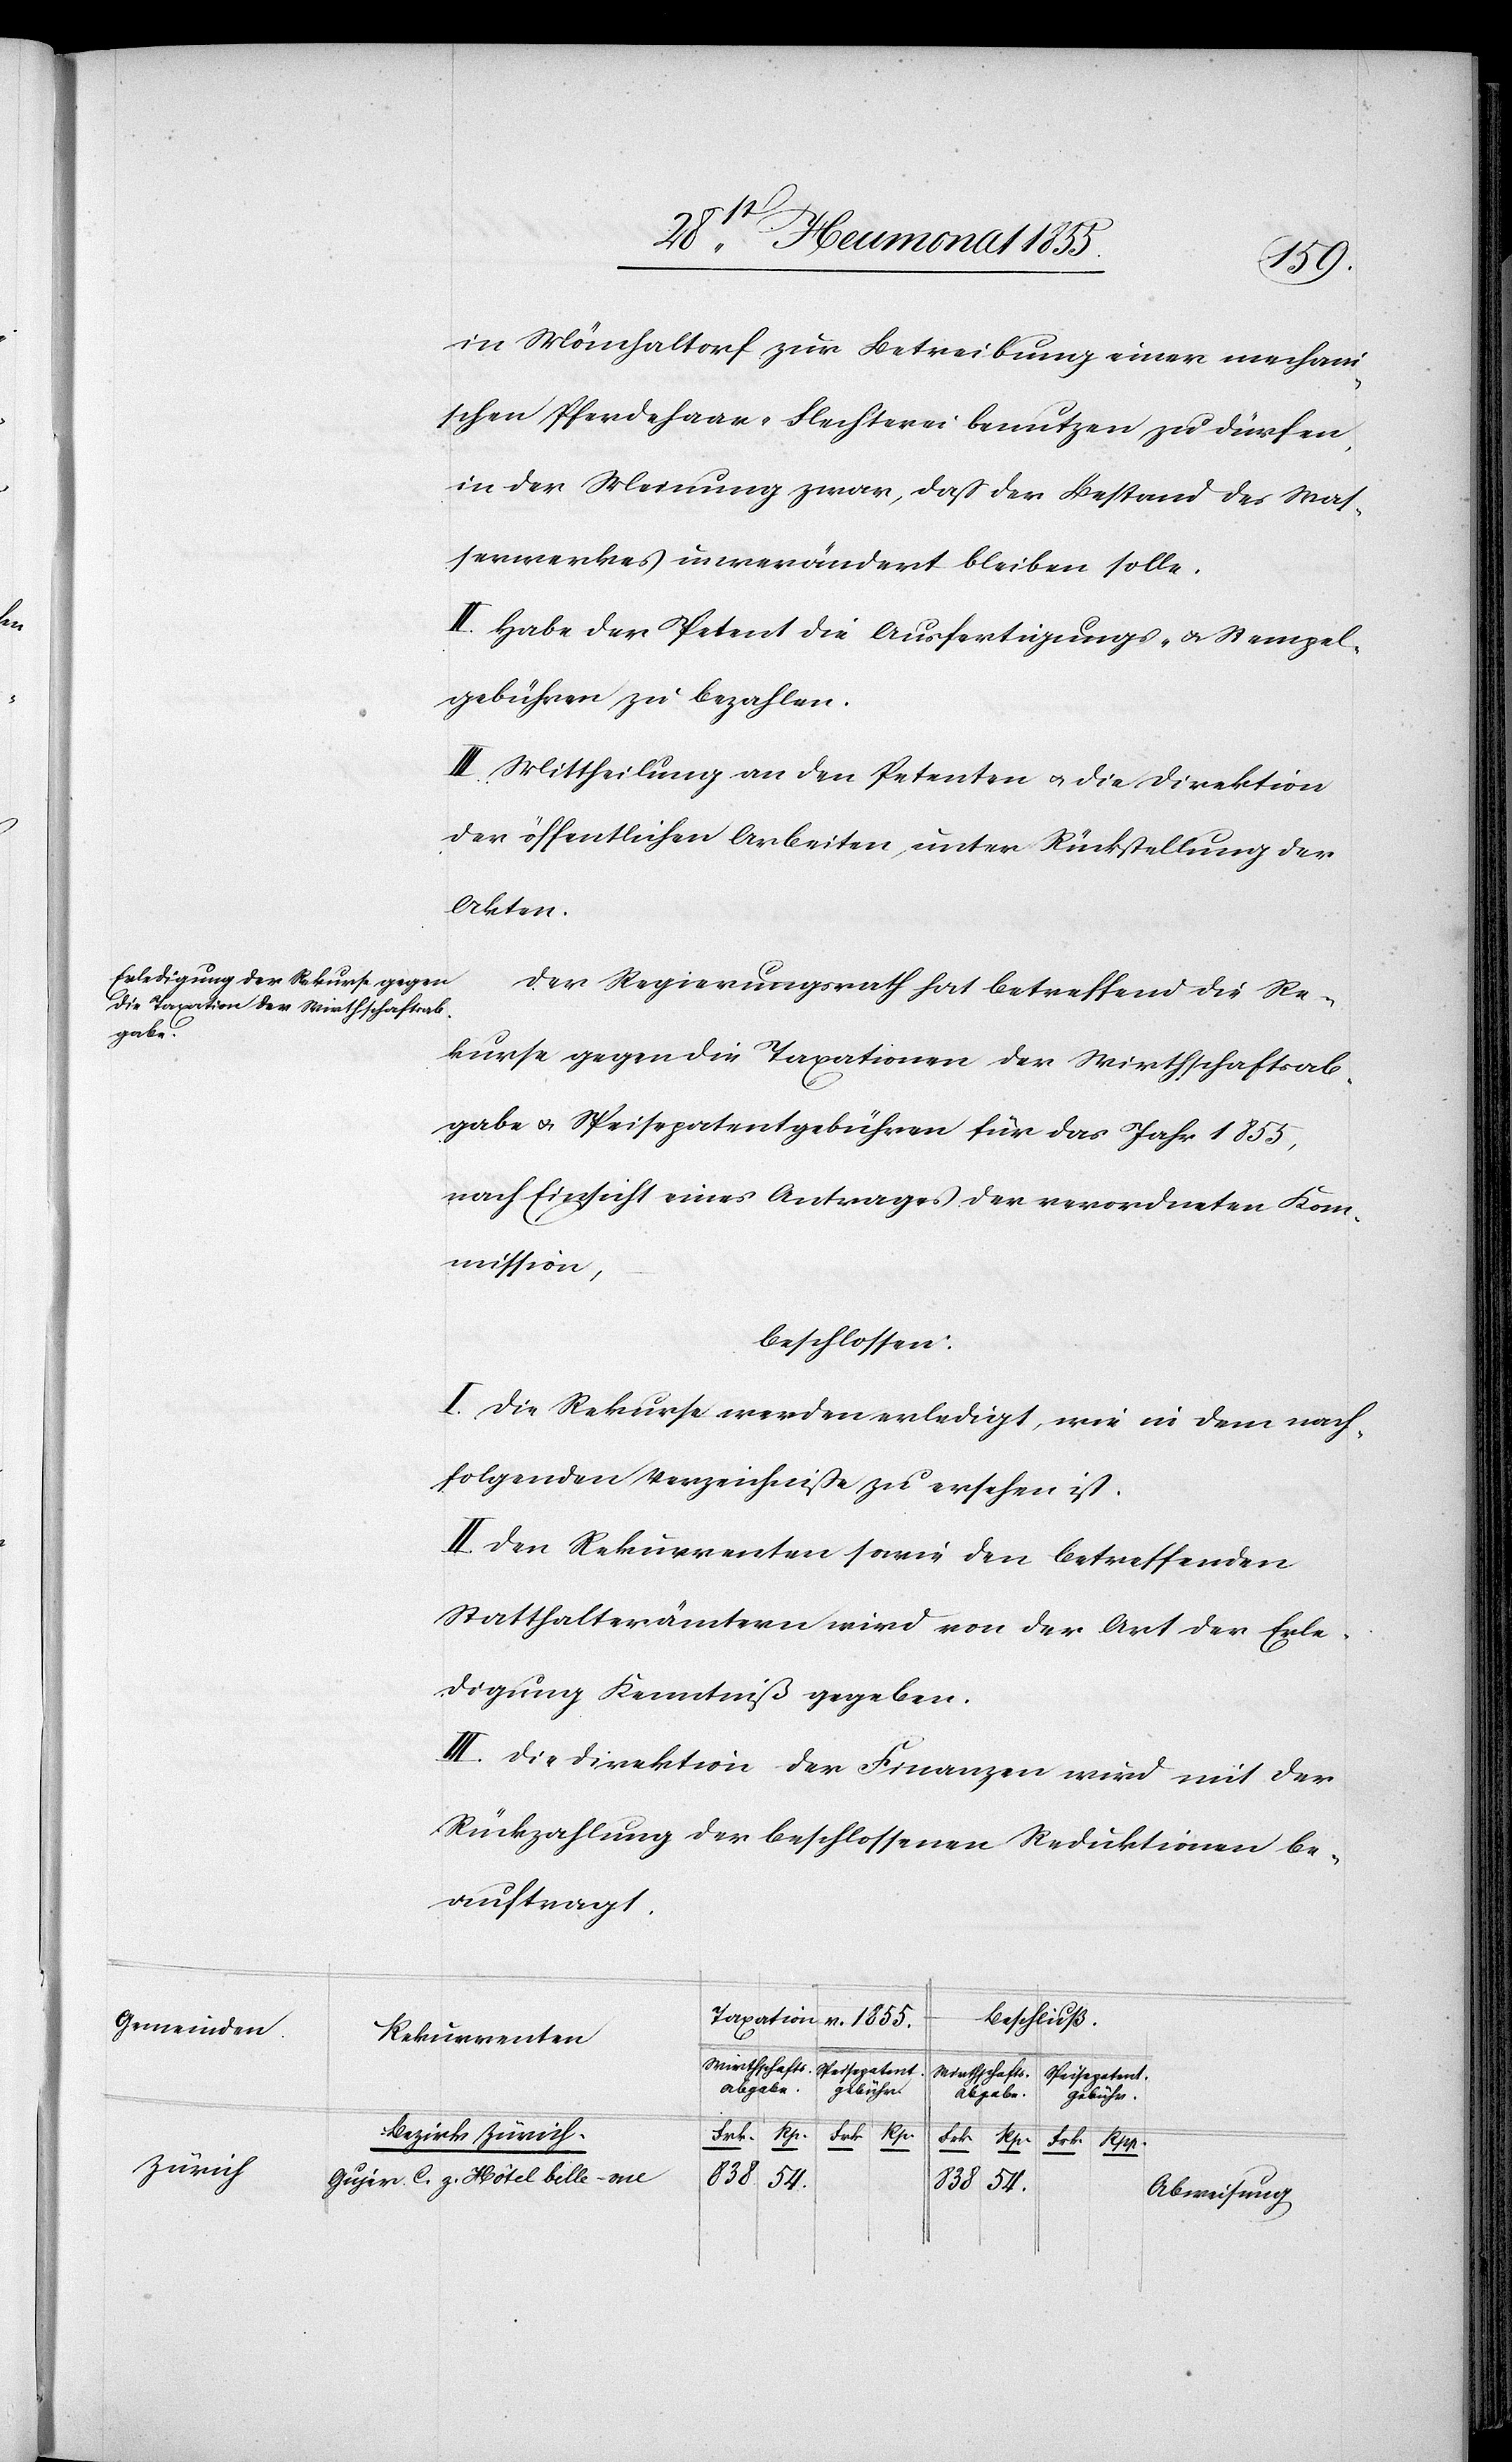
Gemeinden.
Zürich

in Mönchaltorf zur Betreibung einer mechan¬
ischen Pferdehaar-Flechterei benutzen zu dürfen,
in der Meinung zwar, daß der Bestand des Was¬
serwerkes unverändert bleiben solle.
II. Habe der Petent die Ausfertigungs- & Stempel¬
gebühren zu bezahlen.
III. Mittheilung an den Petenten & die Direktion
der öffentlichen Arbeiten, unter Rückstellung der
Akten.
Der Regierungsrath hat betreffend die Re¬
kurse gegen die Taxationen der Wirthschaftsab¬
gabe & Speisepatentgebühren für das Jahr 1855,
nach Einsicht eines Antrages der verordneten Kom¬
mission,
beschlossen:
I. Die Rekurse werden erledigt, wie in dem nach¬
folgenden Verzeichniße zu ersehen ist.
II. Den Rekurrenten sowie den betreffenden
Statthalterämtern wird von der Art der Erle¬
digung Kenntniß gegeben.
III. Die Direktion der Finanzen wird mit der
Rückzahlung der beschlossenen Reduktionen be¬
auftragt.
Beschluß.
Taxation v. 1855.
Rekurrenten
Wirthschaft¬
Speisepaten¬
s-Abgabe.
t-Gebühr.
Bezirk Zürich.
Frk.
Rpp.
Gujer, C. z. Hôtel belle-vue
838
54.
Abweisung